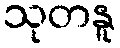
သုတနူ